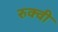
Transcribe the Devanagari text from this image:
रुक्‍वी